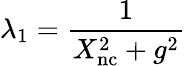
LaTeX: \lambda_{1}=\frac{1}{X_{\mathrm{nc}}^{2}+g^{2}}